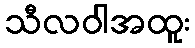
သီလဝါအထူး